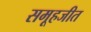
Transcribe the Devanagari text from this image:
समूहजीत